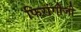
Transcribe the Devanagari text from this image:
फिरांगीजी